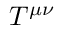
T ^ { \mu \nu }